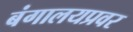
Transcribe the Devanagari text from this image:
बंगालयप्रवर